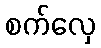
စက်လှေ